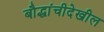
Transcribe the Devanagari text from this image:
बौद्धांचीदेखील